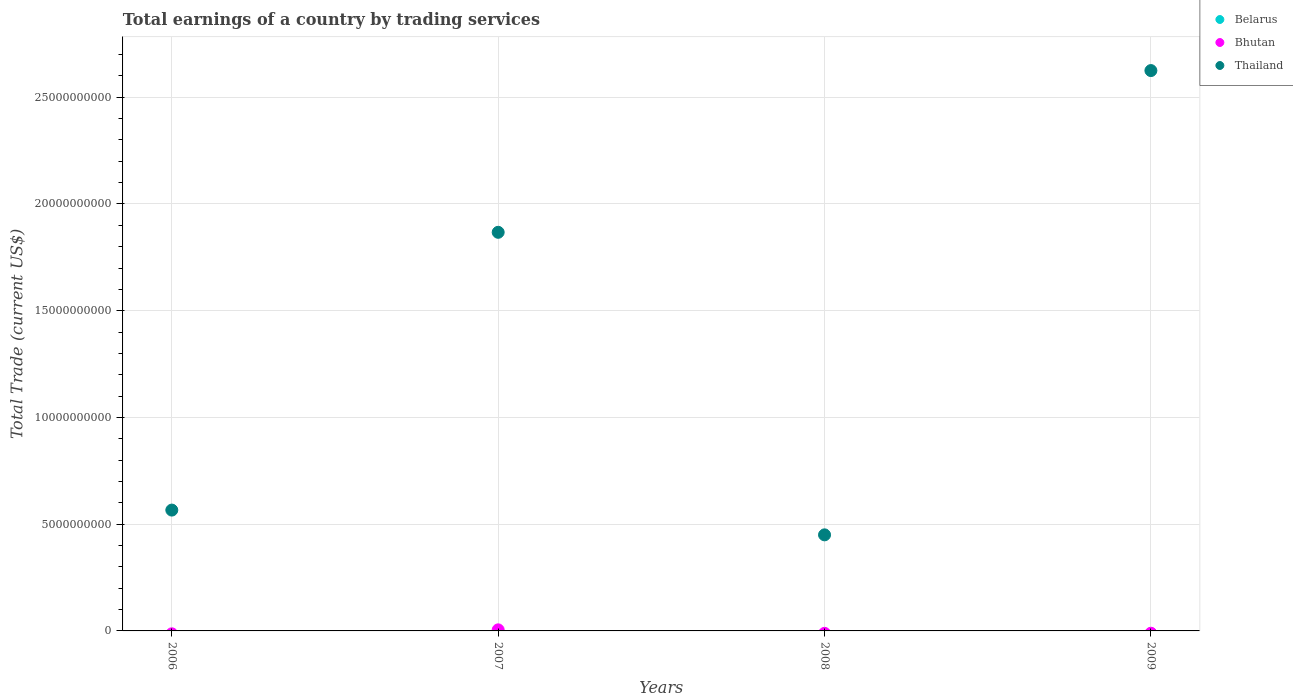
| Years | Belarus | Bhutan | Thailand |
 | --- | --- | --- | --- |
 | 2006 | -1.49e+09 | -1.36e+08 | 5.66e+09 |
 | 2007 | -2.82e+09 | 5.04e+07 | 1.87e+10 |
 | 2008 | -4.65e+09 | -1.12e+08 | 4.5e+09 |
 | 2009 | -5.61e+09 | -1.08e+08 | 2.62e+10 |